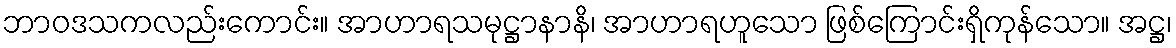
ဘာဝဒသကလည်းကောင်း။ အာဟာရသမုဋ္ဌာနာနိ၊ အာဟာရဟူသော ဖြစ်ကြောင်းရှိကုန်သော။ အဋ္ဌ၊